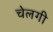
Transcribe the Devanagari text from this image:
चेलगी